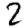
Digit: 2